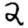
Digit: 2